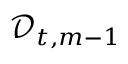
\mathscr { D } _ { t , m - 1 }